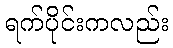
ရက်ပိုင်းကလည်း